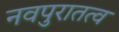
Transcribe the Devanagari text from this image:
नवपुरातत्व